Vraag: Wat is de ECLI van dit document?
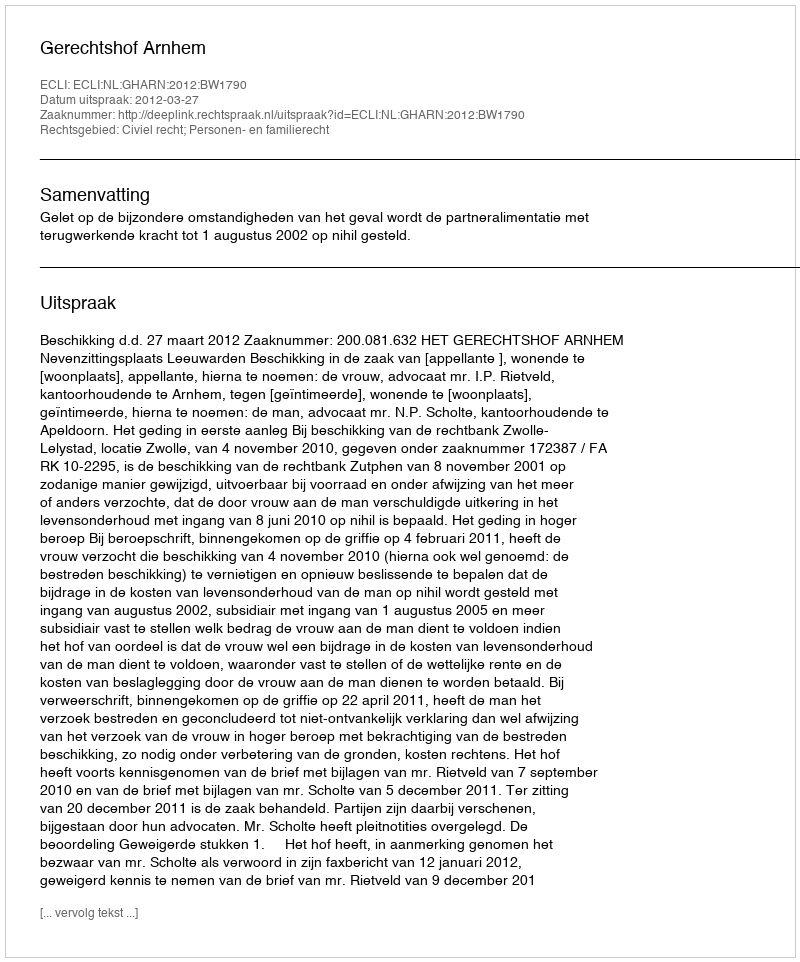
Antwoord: ECLI:NL:GHARN:2012:BW1790